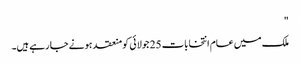
"
ملک میں عام انتخابات 25 جولائی کو منعقد ہونے جا رہے ہیں۔